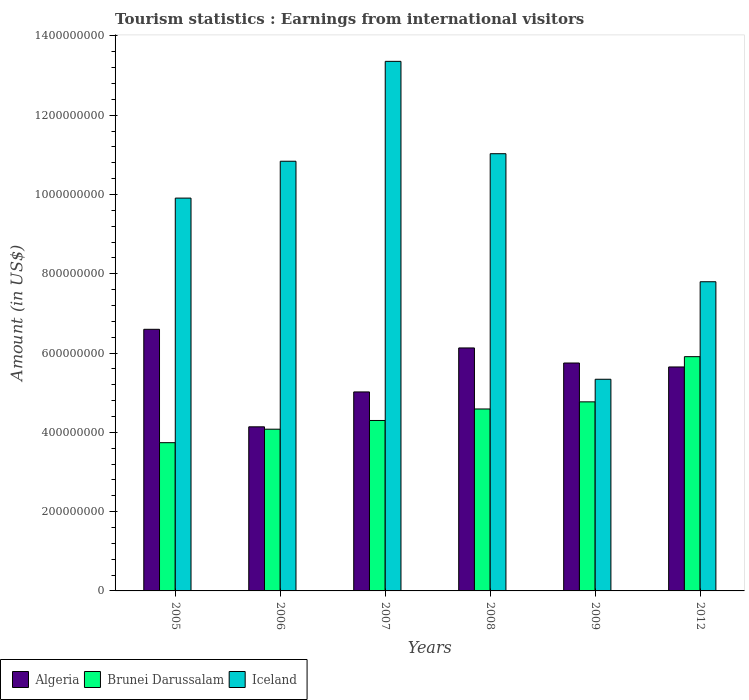
| Years | Algeria | Brunei Darussalam | Iceland |
 | --- | --- | --- | --- |
 | 2005 | 6.6e+08 | 3.74e+08 | 9.91e+08 |
 | 2006 | 4.14e+08 | 4.08e+08 | 1.08e+09 |
 | 2007 | 5.02e+08 | 4.3e+08 | 1.34e+09 |
 | 2008 | 6.13e+08 | 4.59e+08 | 1.1e+09 |
 | 2009 | 5.75e+08 | 4.77e+08 | 5.34e+08 |
 | 2012 | 5.65e+08 | 5.91e+08 | 7.8e+08 |